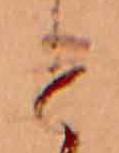
と